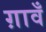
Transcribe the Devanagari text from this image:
ग़ावँ